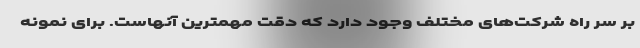
بر سر راه شرکت‌های مختلف وجود دارد که دقت مهمترین آنهاست. برای نمونه